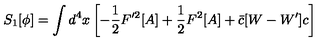
S _ { 1 } [ \phi ] = \int d ^ { 4 } x \left[ - \frac { 1 } { 2 } F ^ { \prime 2 } [ A ] + \frac { 1 } { 2 } F ^ { 2 } [ A ] + \bar { c } [ W - W ^ { \prime } ] c \right]